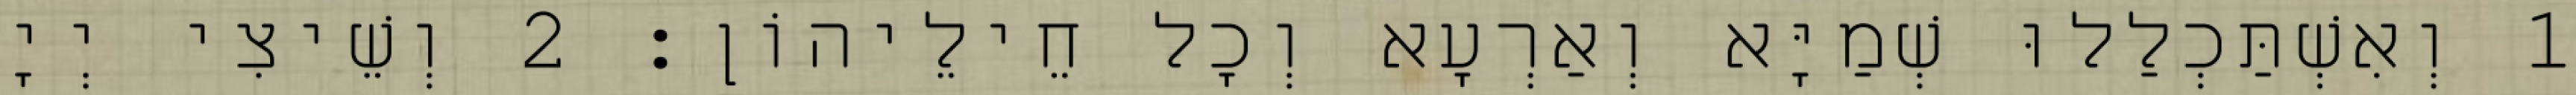
1 וְאִשְׁתַּכְלַלוּ שְׁמַיָּא וְאַרְעָא וְכָל חֵילֵיהוֹן׃ 2 וְשֵׁיצִי יְיָ